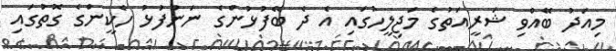
މިއަދު ބޭއްވި ޝަރީއަތުގެ މަޖިލީހުގައި އެ ދެ ބޭފުޅުންގެ ނަންފުޅު ހެކީންގެ ގޮތުގައި